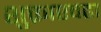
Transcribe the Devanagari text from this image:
शुक्राएवढा